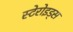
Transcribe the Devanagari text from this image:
स्टेरोइड्स